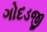
ગોદડજી